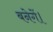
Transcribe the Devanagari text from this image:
बनेगें।